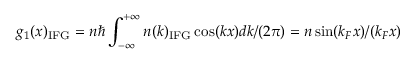
g _ { 1 } ( x ) _ { \mathrm { I F G } } = n \hbar \int _ { - \infty } ^ { + \infty } n ( k ) _ { \mathrm { I F G } } \cos ( k x ) d k / ( 2 \pi ) = n \sin ( k _ { F } x ) / ( k _ { F } x )